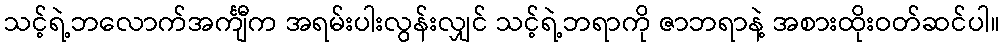
သင့်ရဲ့ဘလောက်အင်္ကျီက အရမ်းပါးလွန်းလျှင် သင့်ရဲ့ဘရာကို ဇာဘရာနဲ့ အစားထိုးဝတ်ဆင်ပါ။